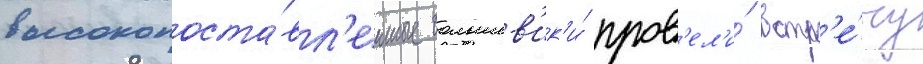
высокопоста́вл'енные большев'ик'и́ пров'ел'и́ встр'е́чу